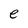
Character: e